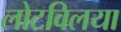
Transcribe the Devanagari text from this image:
लोटविलया